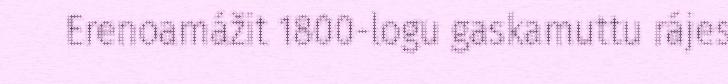
Erenoamážit 1800-logu gaskamuttu rájes